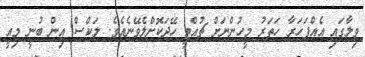
ވިލާގައި އެއްފަހަރާ ހަތަރު މީހުންނަށް ޗުއްޓީ ހޭދަކޮށްލެވޭނެއެވެ. ލަކްސް އިން ބުނީ މިއީ